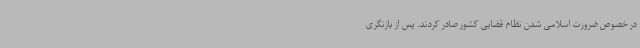
در خصوص ضرورت اسلامی شدن نظام قضایی کشور صادر کردند. پس از بازنگری